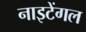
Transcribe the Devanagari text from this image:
नाइटेंगल